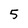
Character: 5